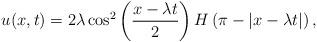
LaTeX: \begin{align*}u(x,t)=2\lambda\cos^2\left(\frac{x-\lambda t}2\right)H\left(\pi-|x-\lambda t|\right),\end{align*}